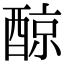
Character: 䣼